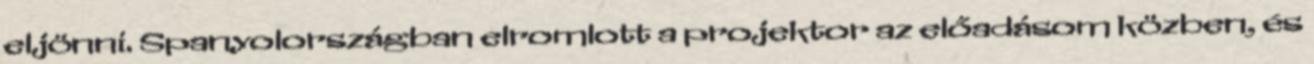
eljönni. Spanyolországban elromlott a projektor az előadásom közben, és